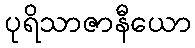
ပုရိသာဇာနီယော